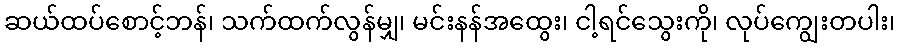
ဆယ်ထပ်စောင့်ဘန်၊ သက်ထက်လွန်မျှ၊ မင်းနန်အထွေး၊ ငါ့ရင်သွေးကို၊ လုပ်ကျွေးတပါး၊